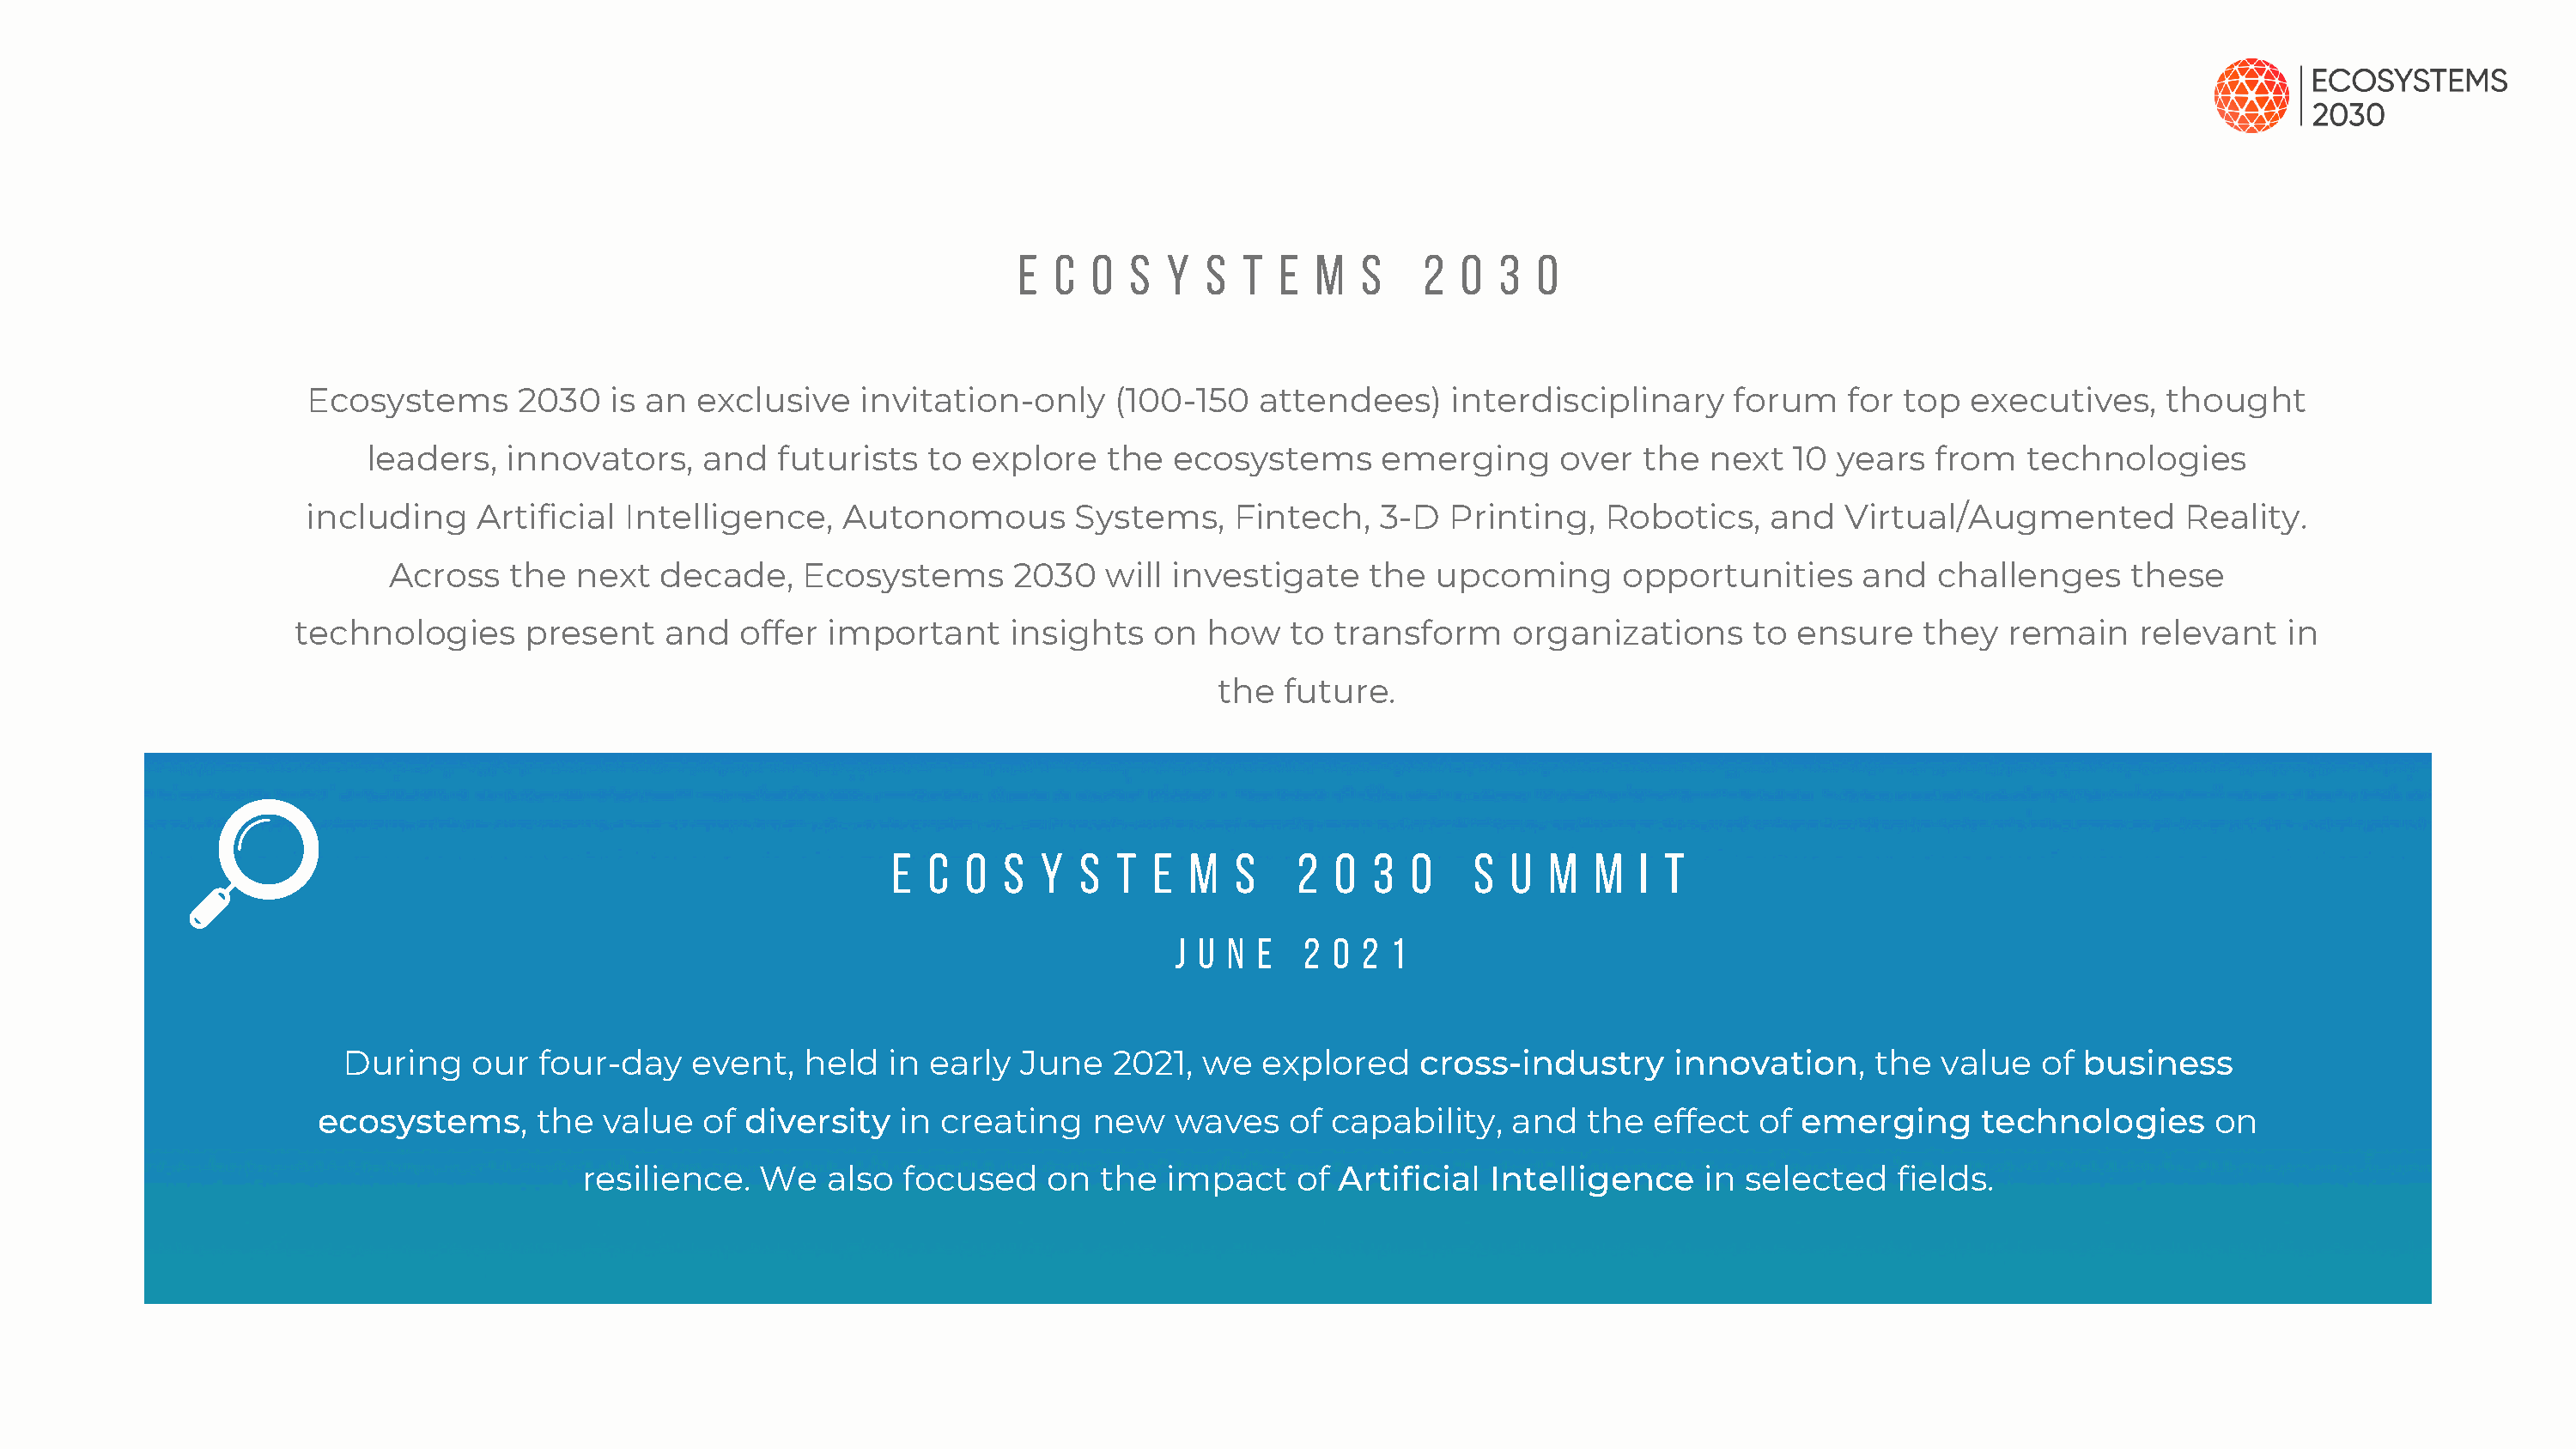
E  C  O  S  Y  S  T  E M   S    2  0  3 0
 Ecosystems      2030   is an  exclusive   invitation-only     (100-150   attendees)     interdisciplinary     forum   for  top  executives,    thought
 leaders,   innovators,    and   futurists  to  explore   the  ecosystems      emerging      over   the  next  10  years  from   technologies
 including    Artificial Intelligence,    Autonomous        Systems,    Fintech,   3-D   Printing,   Robotics,   and   Virtual/Augmented         Reality.
 Across   the  next   decade,    Ecosystems      2030   will investigate     the  upcoming      opportunities      and  challenges     these
 technologies     present    and   offer  important     insights   on  how   to  transform     organizations     to  ensure   they   remain    relevant   in
 the  future.
 E  C O  S  Y  S  T  E  M  S    2  0  3  0    S U  M   M  I T
 J U N E   2 0 2 1
 During    our   four-day   event,   held  in  early  June   2021,  we  explored    cross-industry      innovation,     the  value  of  business
 ecosystems,      the  value   of diversity   in  creating   new    waves   of  capability,   and  the  effect   of emerging      technologies      on
 resilience.   We   also  focused    on  the  impact    of Artificial  Intelligence    in  selected   fields.